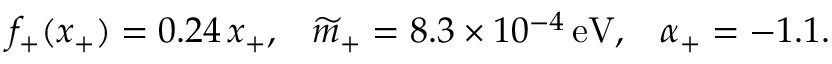
f _ { + } ( x _ { + } ) = 0 . 2 4 \, x _ { + } , \; \; \; \widetilde { m } _ { + } = 8 . 3 \times 1 0 ^ { - 4 } \, \mathrm { e V } , \; \; \; \alpha _ { + } = - 1 . 1 .